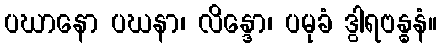
ပဃာနော ပဃနာ၊ လိန္ဒော၊ ပမုခံ ဒွါရဗန္ဓနံ။